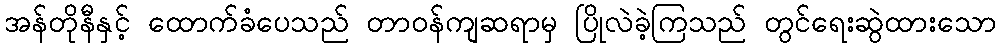
အန်တိုနီနှင့် ထောက်ခံပေသည် တာဝန်ကျဆရာမှ ပြိုလဲခဲ့ကြသည် တွင်ရေးဆွဲထားသော